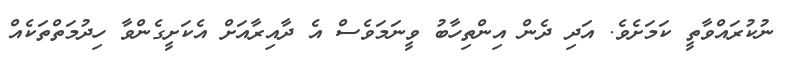
ނުކުރައްވާތީ ކަމަށެވެ. އަދި ދެން އިންތިހާބު ވީނަމަވެސް އެ ދާއިރާއަށް އެކަށީގެންވާ ހިދުމަތްތަކެއް